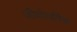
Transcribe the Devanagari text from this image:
जीयोथर्मिक